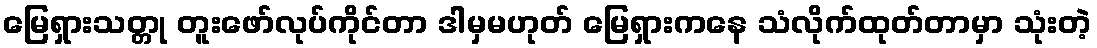
မြေရှားသတ္တု တူးဖော်လုပ်ကိုင်တာ ဒါမှမဟုတ် မြေရှားကနေ သံလိုက်ထုတ်တာမှာ သုံးတဲ့